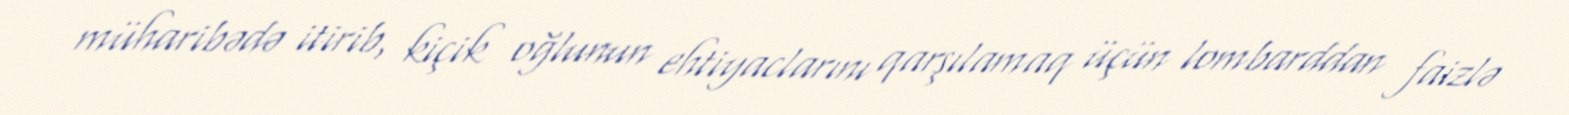
müharibədə itirib, kiçik oğlunun ehtiyaclarını qarşılamaq üçün lombarddan faizlə